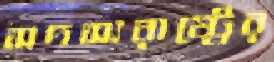
সদস্যরাষ্ট্রের